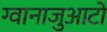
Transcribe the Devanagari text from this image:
ग्वानाजुआटो